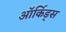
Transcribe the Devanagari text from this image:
ऑर्किड्‌स